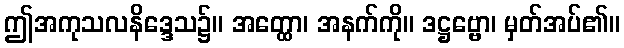
ဤအကုသလနိဒ္ဒေသ၌။ အတ္ထော၊ အနက်ကို။ ဒဋ္ဌဗ္ဗော၊ မှတ်အပ်၏။